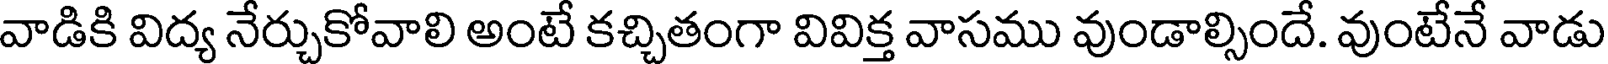
వాడికి విద్య నేర్చుకోవాలి అంటే కచ్చితంగా వివిక్త వాసము వుండాల్సిందే. వుంటేనే వాడు